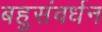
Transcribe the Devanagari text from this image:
बहुसंवर्धन